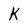
Character: K